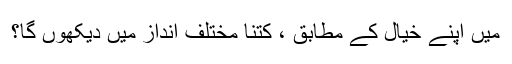
میں اپنے خیال کے مطابق ، کتنا مختلف انداز میں دیکھوں گا؟